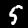
Digit: 5